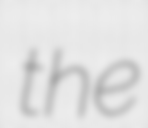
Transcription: the